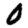
Digit: 0